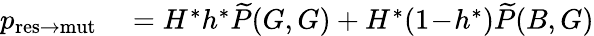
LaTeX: \begin{array}{rl}{p_{\mathrm{res\to mut}}}&{{}=H^{\ast}h^{\ast}\widetilde{P}(G,G)+H^{\ast}(1\! -\! h^{\ast})\widetilde{P}(B,G)}\end{array}